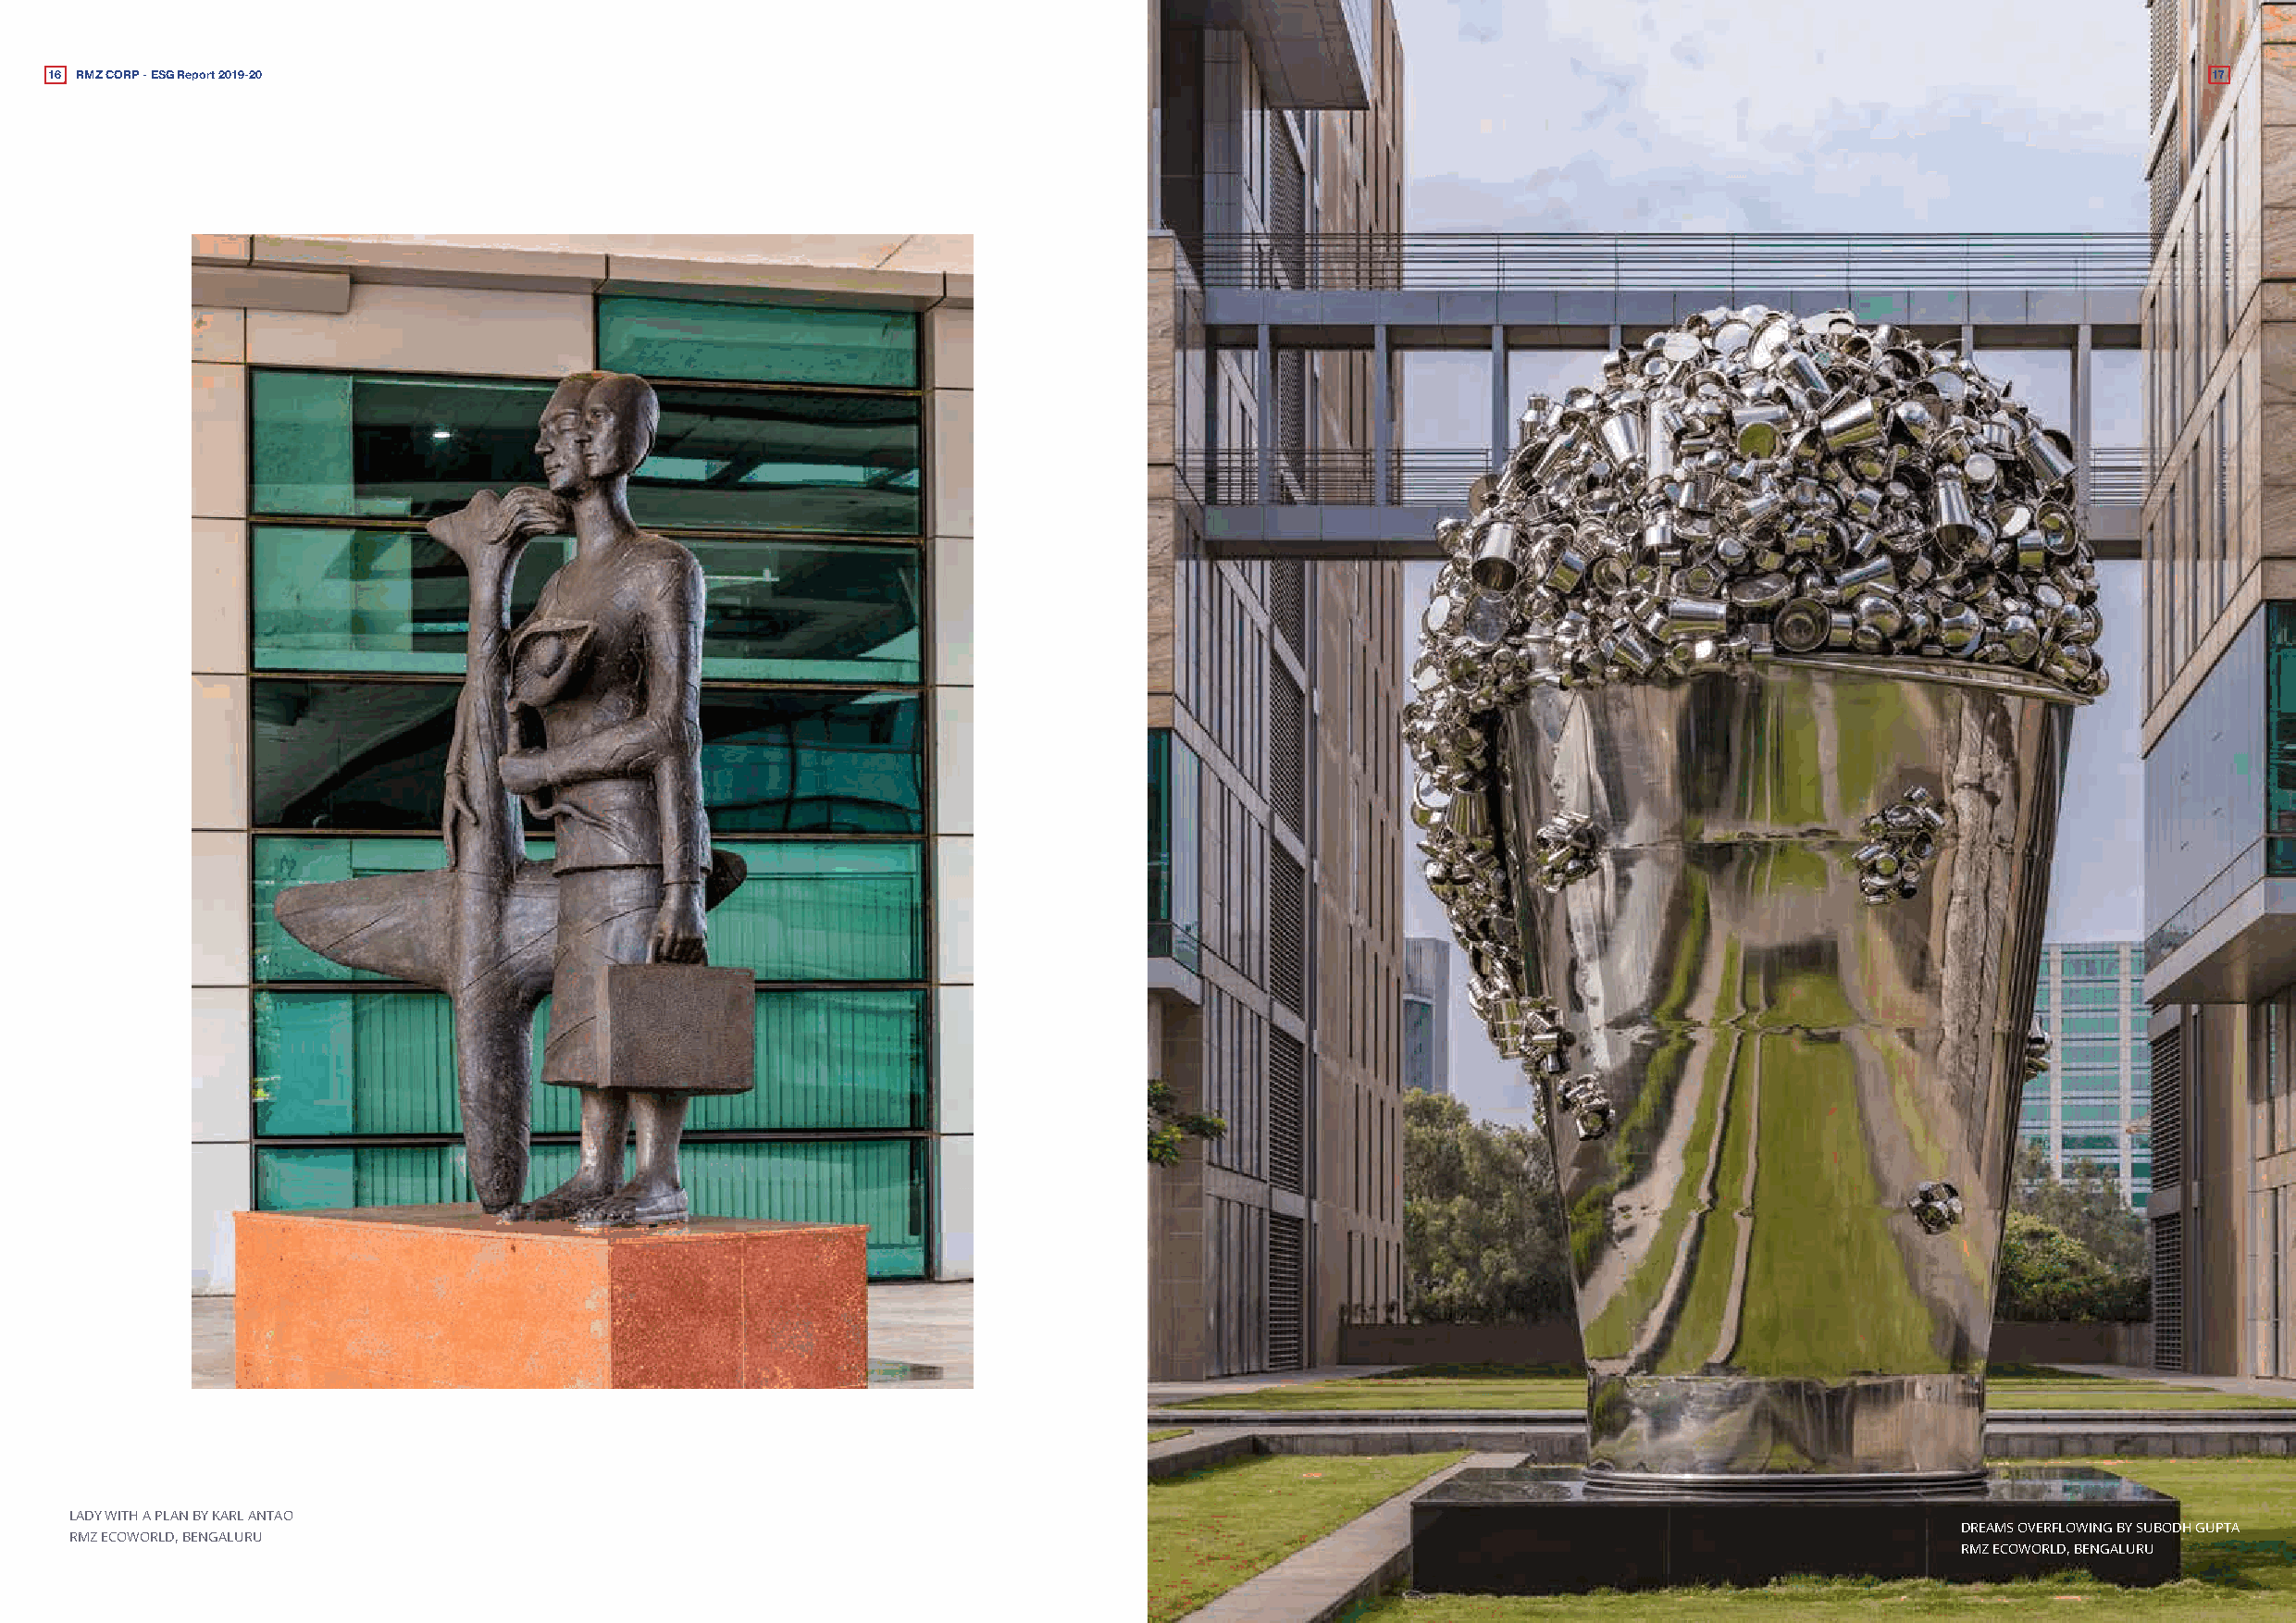
16 RMZ CORP - ESG Report 2019-20                                                                                                                           17
 LADY WITH A PLAN BY KARL ANTAO
 DREAMS OVERFLOWING BY SUBODH GUPTA
 RMZ ECOWORLD, BENGALURU
 RMZ ECOWORLD, BENGALURU